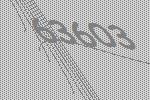
63603